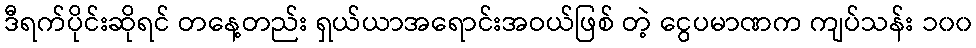
ဒီရက်ပိုင်းဆိုရင် တနေ့တည်း ရှယ်ယာအရောင်းအဝယ်ဖြစ် တဲ့ ငွေပမာဏက ကျပ်သန်း ၁၀၀